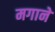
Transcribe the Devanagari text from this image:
मगाने